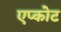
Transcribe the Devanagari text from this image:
एप्कोट